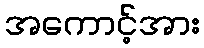
အကောင့်အား